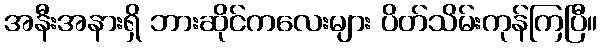
အနီးအနားရှိ ဘားဆိုင်ကလေးများ ပိတ်သိမ်းကုန်ကြပြီ။